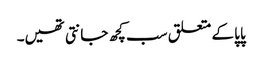
پاپا کے متعلق سب کچھ جانتی تھیں۔